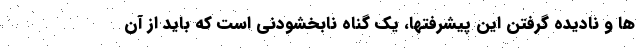
ها و نادیده گرفتن این پیشرفتها، یک گناه نابخشودنی است که باید از آن